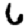
Digit: 6